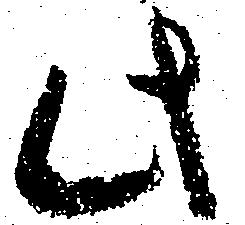
此